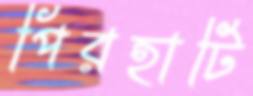
পিরহাটি